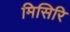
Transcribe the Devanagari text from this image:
मिसिरि